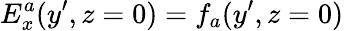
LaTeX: E_{x}^{a}(y^{\prime},z=0)=f_{a}(y^{\prime},z=0)